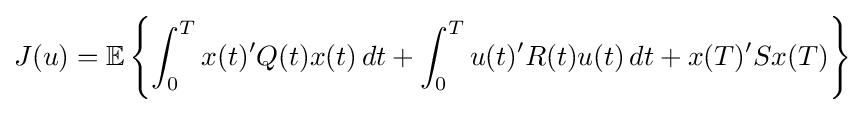
J(u)=\mathbb {E} \left\{\int _{0}^{T}x(t)'Q(t)x(t)\,dt+\int _{0}^{T}u(t)'R(t)u(t)\,dt+x(T)'Sx(T)\right\}